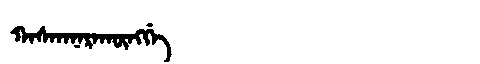
Manchu: ᡴᠠᠰᡴᠠᠨᠠᡵᠠᡴᡡᠩᡤᡝ
Romanization: KASKANARAKŪNGGE